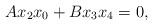
LaTeX: \begin{align*}Ax_2x_0+Bx_3x_4=0,\end{align*}